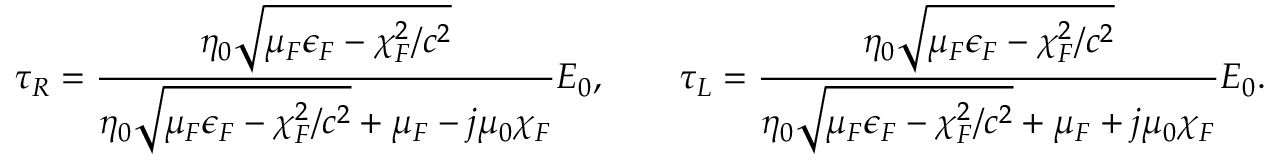
\tau _ { \/ R } = \frac { \eta _ { 0 } \sqrt { \mu _ { \/ F } \epsilon _ { \/ F } - \chi _ { \/ F } ^ { 2 } / c ^ { 2 } } } { \eta _ { 0 } \sqrt { \mu _ { \/ F } \epsilon _ { \/ F } - \chi _ { \/ F } ^ { 2 } / c ^ { 2 } } + \mu _ { \/ F } - j \mu _ { 0 } \chi _ { \/ F } } E _ { 0 } , \qquad \tau _ { \/ L } = \frac { \eta _ { 0 } \sqrt { \mu _ { \/ F } \epsilon _ { \/ F } - \chi _ { \/ F } ^ { 2 } / c ^ { 2 } } } { \eta _ { 0 } \sqrt { \mu _ { \/ F } \epsilon _ { \/ F } - \chi _ { \/ F } ^ { 2 } / c ^ { 2 } } + \mu _ { \/ F } + j \mu _ { 0 } \chi _ { \/ F } } E _ { 0 } .